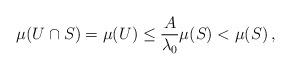
LaTeX: \begin{align*}\mu(U\cap S)=\mu(U)\leq\frac{A}{\lambda_{0}}\mu(S)<\mu(S)\,,\end{align*}